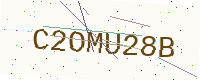
Text: C2OMU28B